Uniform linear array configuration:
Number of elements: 16
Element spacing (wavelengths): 1
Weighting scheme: uniform
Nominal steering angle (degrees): -45
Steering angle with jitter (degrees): -46.283
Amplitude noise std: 0.05
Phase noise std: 0.05

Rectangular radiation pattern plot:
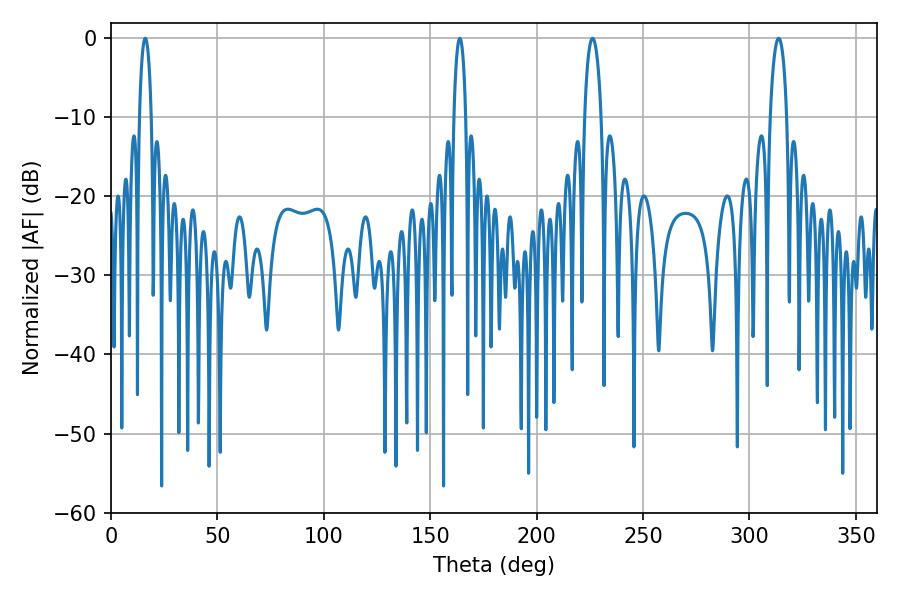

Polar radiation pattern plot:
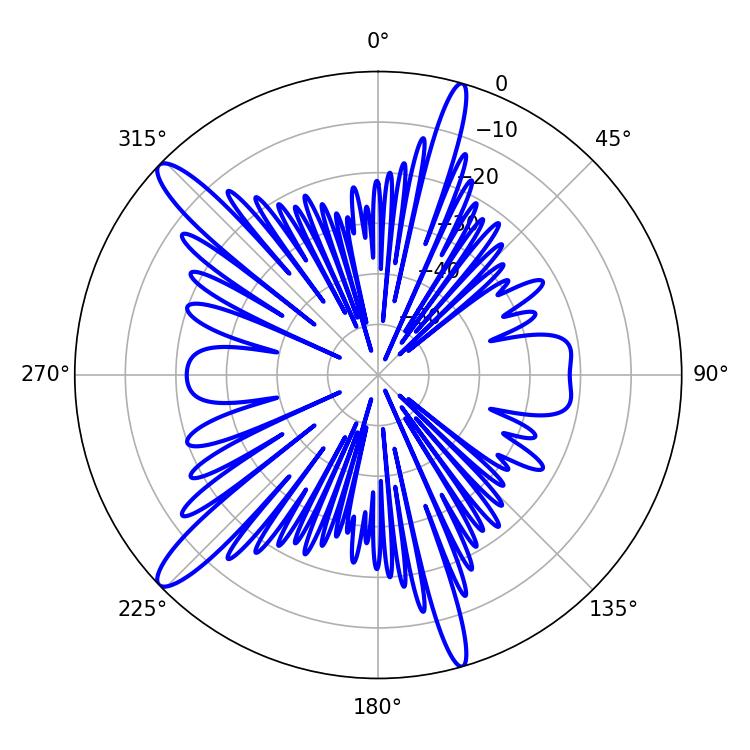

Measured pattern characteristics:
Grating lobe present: TRUE
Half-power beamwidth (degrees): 4.5
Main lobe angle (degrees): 226.26